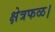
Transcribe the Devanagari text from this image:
क्षेत्रफळ।